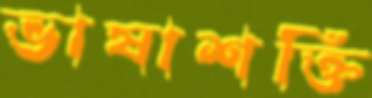
ভাষাশক্তি